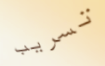
تسريب